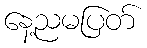
နေ့ညမပြတ်